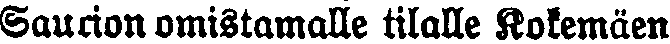
Saurion omistamalle tilalle Kokemäen